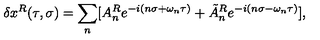
\delta x ^ { R } ( \tau , \sigma ) = \sum _ { n } [ A _ { n } ^ { R } e ^ { - i ( n \sigma + \omega _ { n } \tau ) } + \tilde { A } _ { n } ^ { R } e ^ { - i ( n \sigma - \omega _ { n } \tau ) } ] ,